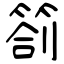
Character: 劄